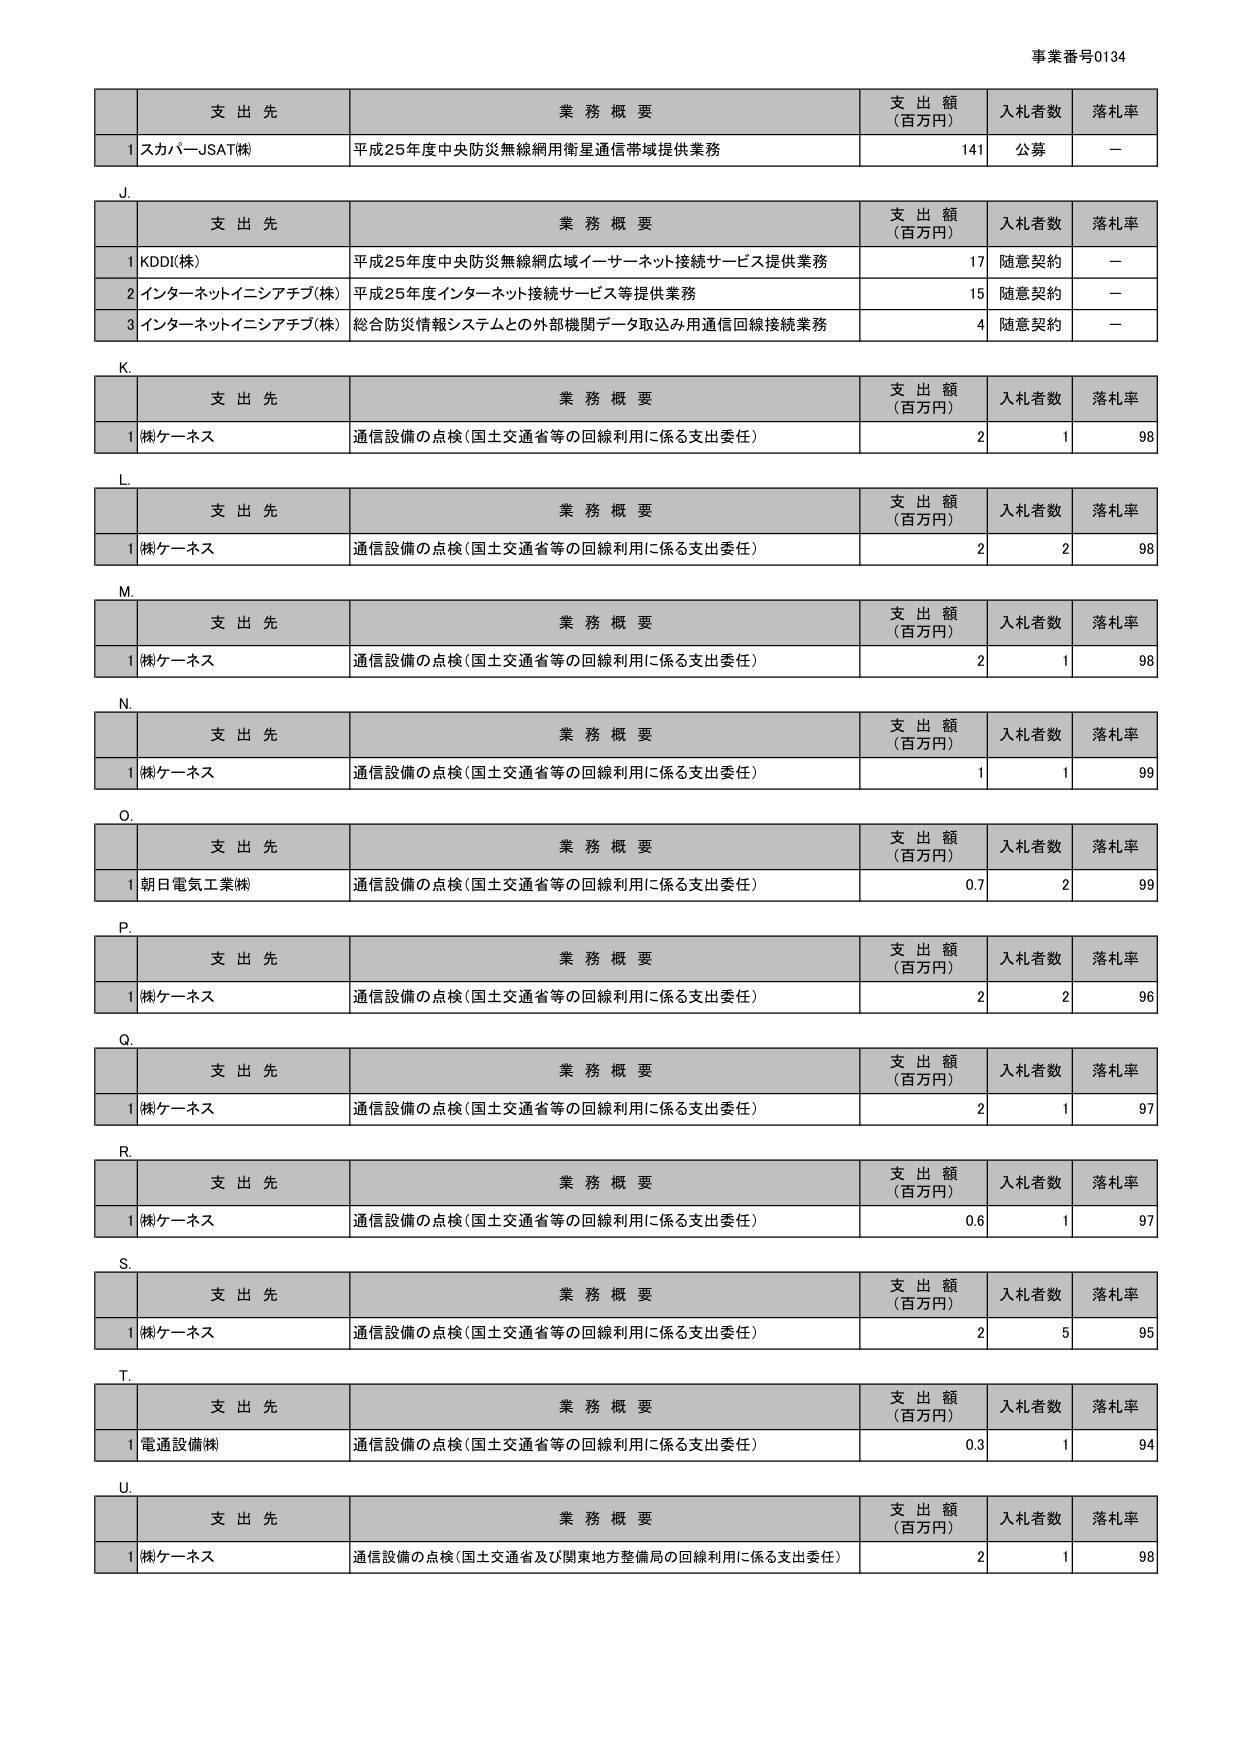
事業番号0134

支 出 先 業 務 概 要 支 出 額 （百万円） 入札者数 落札率
1 スカパーJSAT㈱ 平成25年度中央防災無線網用衛星通信帯域提供業務 141 公募 ー

J.
支 出 先 業 務 概 要 支 出 額 （百万円） 入札者数 落札率
1 KDDI(株) 平成25年度中央防災無線網広域イーサーネット接続サービス提供業務 17 随意契約 ー
2 インターネットイニシアチブ(株) 平成25年度インターネット接続サービス等提供業務 15 随意契約 ー
3 インターネットイニシアチブ(株) 総合防災情報システムとの外部機関データ取込み用通信回線接続業務 4 随意契約 ー

K.
支 出 先 業 務 概 要 支 出 額 （百万円） 入札者数 落札率
1 ㈱ケーネス 通信設備の点検（国土交通省等の回線利用に係る支出委任） 2 1 98

L.
支 出 先 業 務 概 要 支 出 額 （百万円） 入札者数 落札率
1 ㈱ケーネス 通信設備の点検（国土交通省等の回線利用に係る支出委任） 2 2 98

M.
支 出 先 業 務 概 要 支 出 額 （百万円） 入札者数 落札率
1 ㈱ケーネス 通信設備の点検（国土交通省等の回線利用に係る支出委任） 2 1 98

N.
支 出 先 業 務 概 要 支 出 額 （百万円） 入札者数 落札率
1 ㈱ケーネス 通信設備の点検（国土交通省等の回線利用に係る支出委任） 1 1 99

O.
支 出 先 業 務 概 要 支 出 額 （百万円） 入札者数 落札率
1 朝日電気工業㈱ 通信設備の点検（国土交通省等の回線利用に係る支出委任） 0.7 2 99

P.
支 出 先 業 務 概 要 支 出 額 （百万円） 入札者数 落札率
1 ㈱ケーネス 通信設備の点検（国土交通省等の回線利用に係る支出委任） 2 2 96

Q.
支 出 先 業 務 概 要 支 出 額 （百万円） 入札者数 落札率
1 ㈱ケーネス 通信設備の点検（国土交通省等の回線利用に係る支出委任） 2 1 97

R.
支 出 先 業 務 概 要 支 出 額 （百万円） 入札者数 落札率
1 ㈱ケーネス 通信設備の点検（国土交通省等の回線利用に係る支出委任） 0.6 1 97

S.
支 出 先 業 務 概 要 支 出 額 （百万円） 入札者数 落札率
1 ㈱ケーネス 通信設備の点検（国土交通省等の回線利用に係る支出委任） 2 5 95

T.
支 出 先 業 務 概 要 支 出 額 （百万円） 入札者数 落札率
1 電通設備㈱ 通信設備の点検（国土交通省等の回線利用に係る支出委任） 0.3 1 94

U.
支 出 先 業 務 概 要 支 出 額 （百万円） 入札者数 落札率
1 ㈱ケーネス 通信設備の点検（国土交通省及び関東地方整備局の回線利用に係る支出委任） 2 1 98